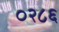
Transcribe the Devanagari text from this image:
०२८६